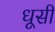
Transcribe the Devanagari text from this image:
धूसी